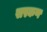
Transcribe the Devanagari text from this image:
सस्कण